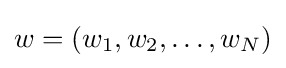
w=(w_{1},w_{2},\ldots ,w_{N})